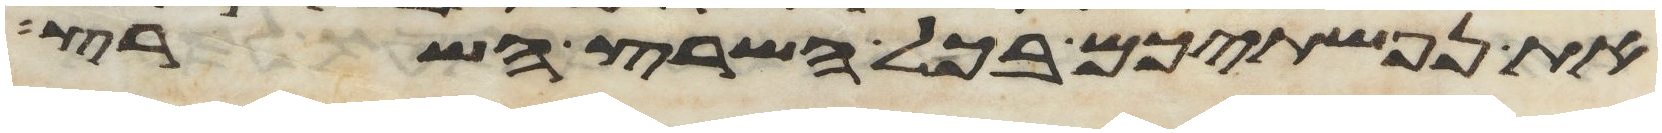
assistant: את נפשתיכם בכל השרץ השרץ